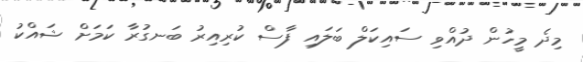
މިދެ މީހުން ދުއްވި ސައިކަލް ބަލައި ފާސް ކުރިއިރު ބަނގުރާ ކަމަށް ޝައްކު